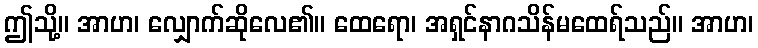
ဤသို့။ အာဟ၊ လျှောက်ဆိုလေ၏။ ထေရော၊ အရှင်နာဂသိန်မထေရ်သည်။ အာဟ၊